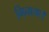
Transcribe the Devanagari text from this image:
गिनाया।